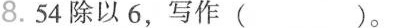
8.54除以6，写作()。